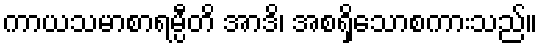
ကာယသမာစာရမ္ပီတိ အာဒိ၊ အစရှိသောစကားသည်။